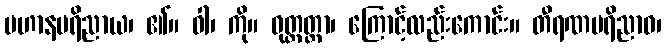
ပဟာနပရိညာယ၊ ၏။ ဝါ၊ ကို။ ဝုတ္တတ္တာ၊ ကြောင့်လည်းကောင်း။ တီရဏပရိညာဝ၊